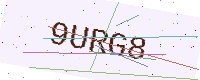
Text: 9URG8